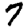
Digit: 7